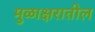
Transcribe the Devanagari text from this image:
मुळाक्षरातील